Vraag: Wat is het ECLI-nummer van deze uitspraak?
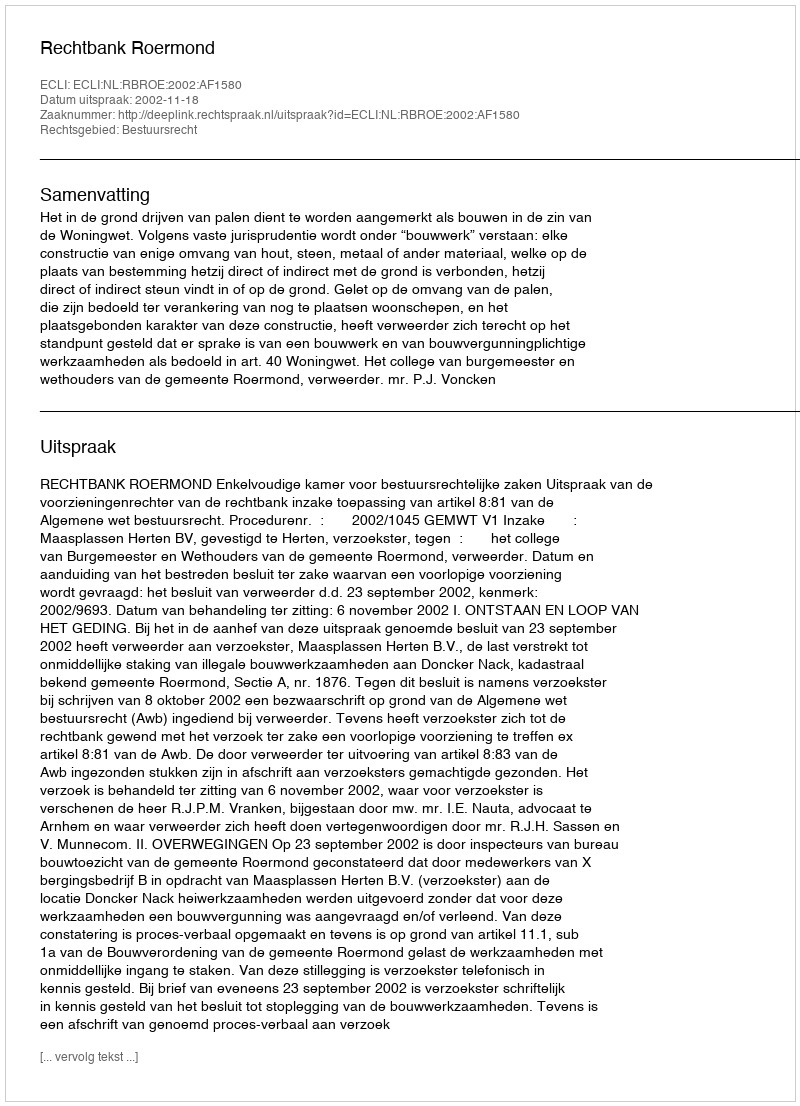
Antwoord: ECLI:NL:RBROE:2002:AF1580